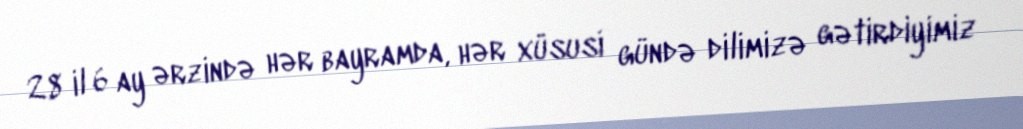
28 il 6 ay ərzində hər bayramda, hər xüsusi gündə dilimizə gətirdiyimiz